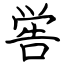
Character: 喾